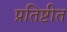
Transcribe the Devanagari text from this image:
प्रतिष्टीत